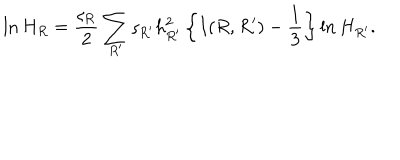
LaTeX: \ln H _ { R } = \frac { \varsigma _ { R } } { 2 } \sum _ { R ^ { \prime } } \varsigma _ { R ^ { \prime } } h _ { R ^ { \prime } } ^ { 2 } \left\{ I ( R , R ^ { \prime } ) - \frac { 1 } { 3 } \right\} \ln H _ { R ^ { \prime } } .